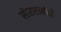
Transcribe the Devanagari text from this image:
सेहराबंदी